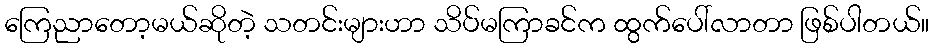
ကြေညာတော့မယ်ဆိုတဲ့ သတင်းများဟာ သိပ်မကြာခင်က ထွက်ပေါ်လာတာ ဖြစ်ပါတယ်။